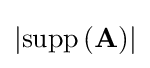
\left\vert {\text{supp}}\left(\mathbf {A} \right)\right\vert